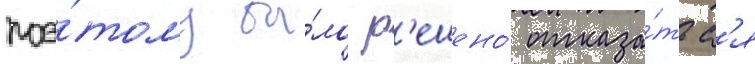
поэ́тому бы́ло р'ешено́ отказа́тьс'я